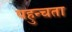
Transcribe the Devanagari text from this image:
पहुन्चता